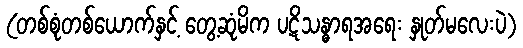
(တစ်စုံတစ်ယောက်နှင့် တွေ့ဆုံမိက ပဋိသန္ဓာရအရေး နှုတ်မလေးပဲ)